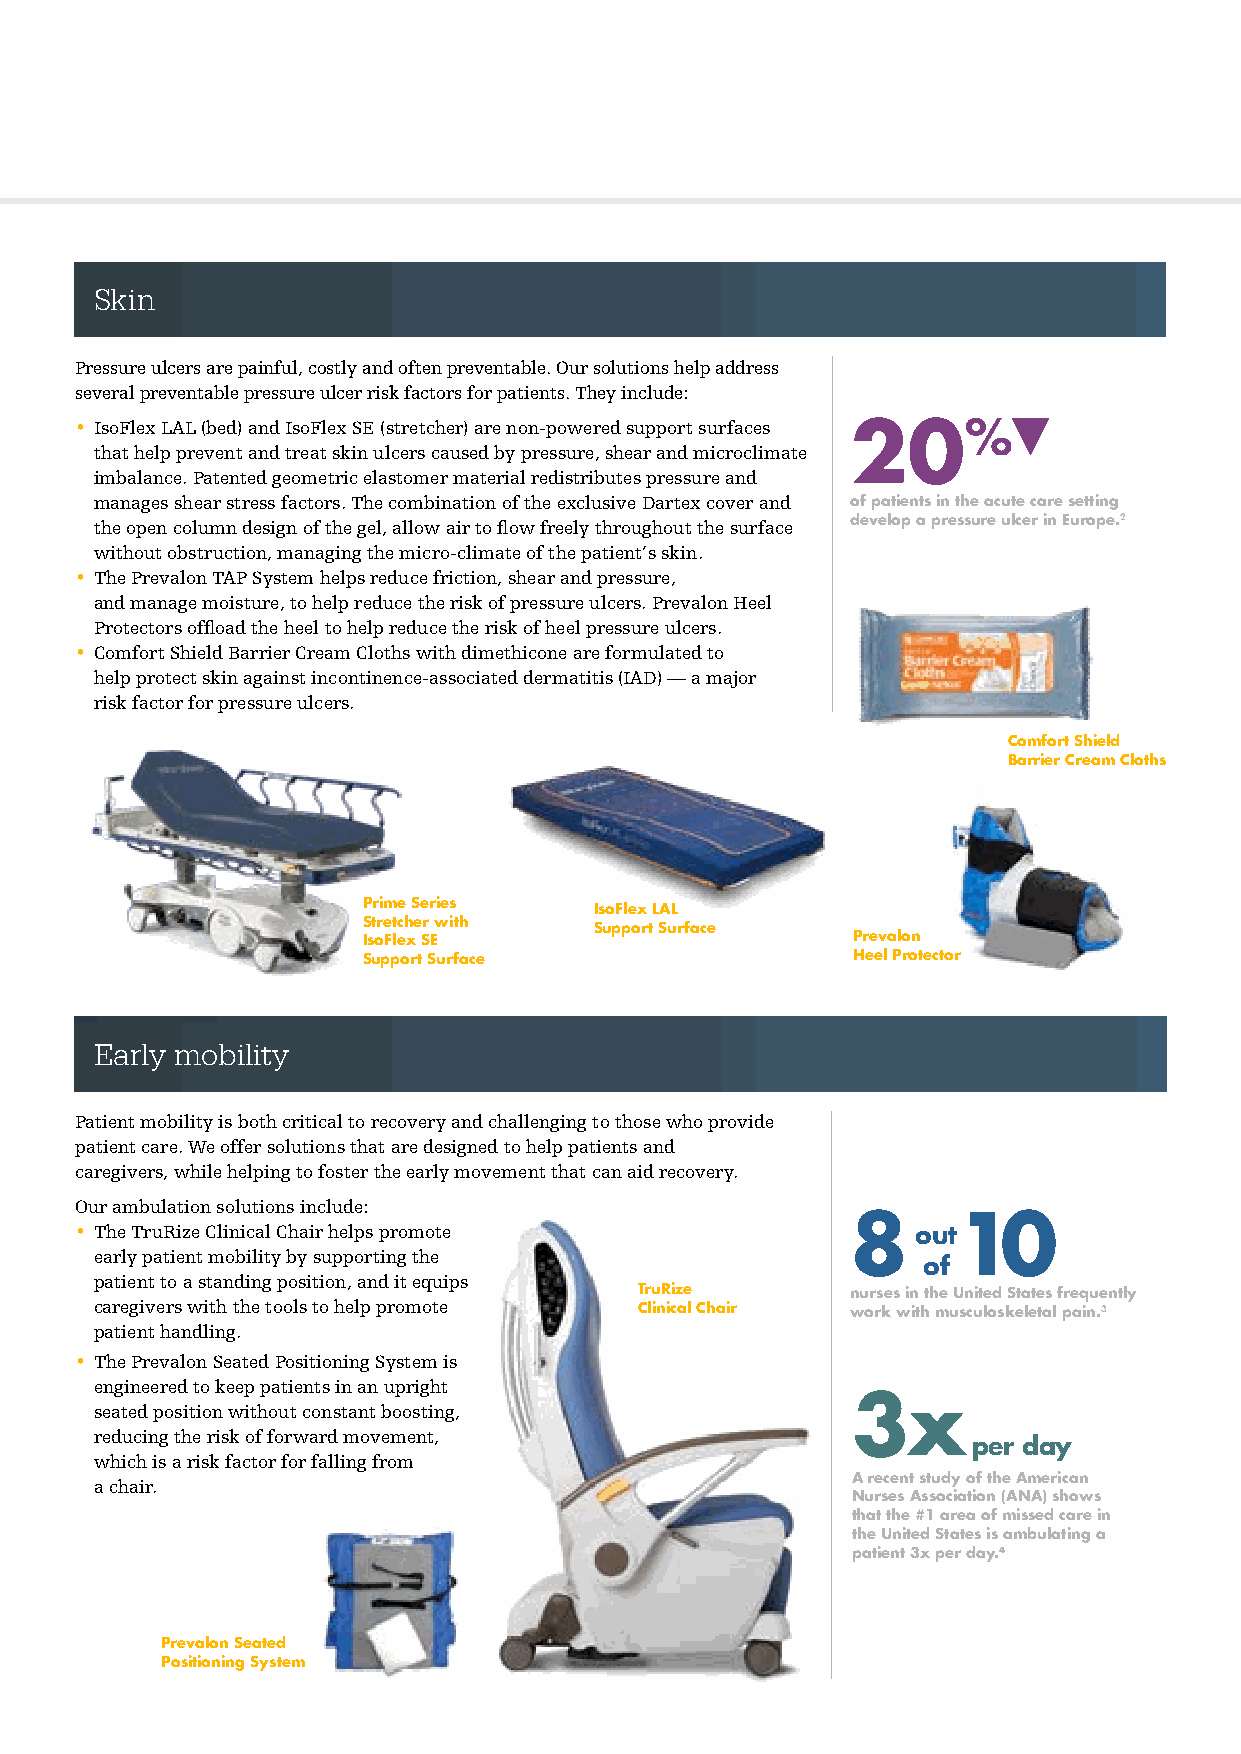
Stryker, Physio-Control and Sage. Together.
 Skin
 Pressure ulcers are painful, costly and often preventable. Our solutions help address
 several preventable pressure ulcer risk factors for patients. They include:
 • IsoFlex LAL (bed) and IsoFlex SE (stretcher) are non-powered support surfaces 20%
 that help prevent and treat skin ulcers caused by pressure, shear and microclimate
 imbalance. Patented geometric elastomer material redistributes pressure and
 manages shear stress factors. The combination of the exclusive Dartex cover and of patients in the acute care setting
 the open column design of the gel, allow air to flow freely throughout the surface develop a pressure ulcer in Europe.2
 without obstruction, managing the micro-climate of the patient’s skin.
 • The Prevalon TAP System helps reduce friction, shear and pressure,
 and manage moisture, to help reduce the risk of pressure ulcers. Prevalon Heel
 Protectors offload the heel to help reduce the risk of heel pressure ulcers.
 • Comfort Shield Barrier Cream Cloths with dimethicone are formulated to
 help protect skin against incontinence-associated dermatitis (IAD) — a major
 risk factor for pressure ulcers.
 Comfort Shield
 Barrier Cream Cloths
 Prime Series
 IsoFlex LAL
 Stretcher with
 Support Surface
 IsoFlex SE                      Prevalon
 Support Surface                 Heel Protector
 Early mobility
 Patient mobility is both critical to recovery and challenging to those who provide
 patient care. We offer solutions that are designed to help patients and
 caregivers, while helping to foster the early movement that can aid recovery.
 Our ambulation solutions include:
 8      10
 • The TruRize Clinical Chair helps promote              out
 early patient mobility by supporting the
 of
 patient to a standing position, and it equips
 TruRize       nurses in the United States frequently
 caregivers with the tools to help promote Clinical Chair work with musculoskeletal pain.3
 patient handling.
 • The Prevalon Seated Positioning System is
 engineered to keep patients in an upright
 3x
 seated position without constant boosting,
 reducing the risk of forward movement,
 per day
 which is a risk factor for falling from
 A recent study of the American
 a chair.
 Nurses Association (ANA) shows
 that the #1 area of missed care in
 the United States is ambulating a
 patient 3x per day.4
 Prevalon Seated
 Positioning System